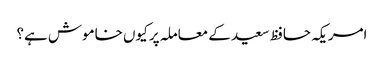
امریکہ حافظ سعید کے معاملہ پر کیوں خاموش ہے؟